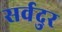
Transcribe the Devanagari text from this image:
सर्वदुर